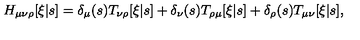
H _ { \mu \nu \rho } [ \xi | s ] = \delta _ { \mu } ( s ) T _ { \nu \rho } [ \xi | s ] + \delta _ { \nu } ( s ) T _ { \rho \mu } [ \xi | s ] + \delta _ { \rho } ( s ) T _ { \mu \nu } [ \xi | s ] ,